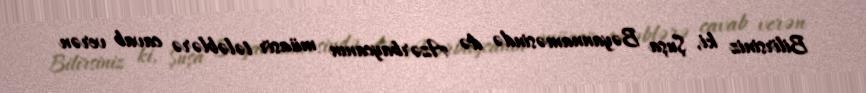
Bilirsiniz ki, Şuşa Bəyannaməsində də Azərbaycanın müasir tələblərə cavab verən